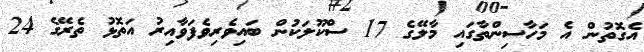
އެގޮތުން އެ މަހާސިންތާގައި މާލޭގެ 17 ސްކޫލަކުން ބައިވެރިވެފަވާއިރު އަތޮޅު ތެރޭގެ 24